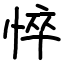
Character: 悴